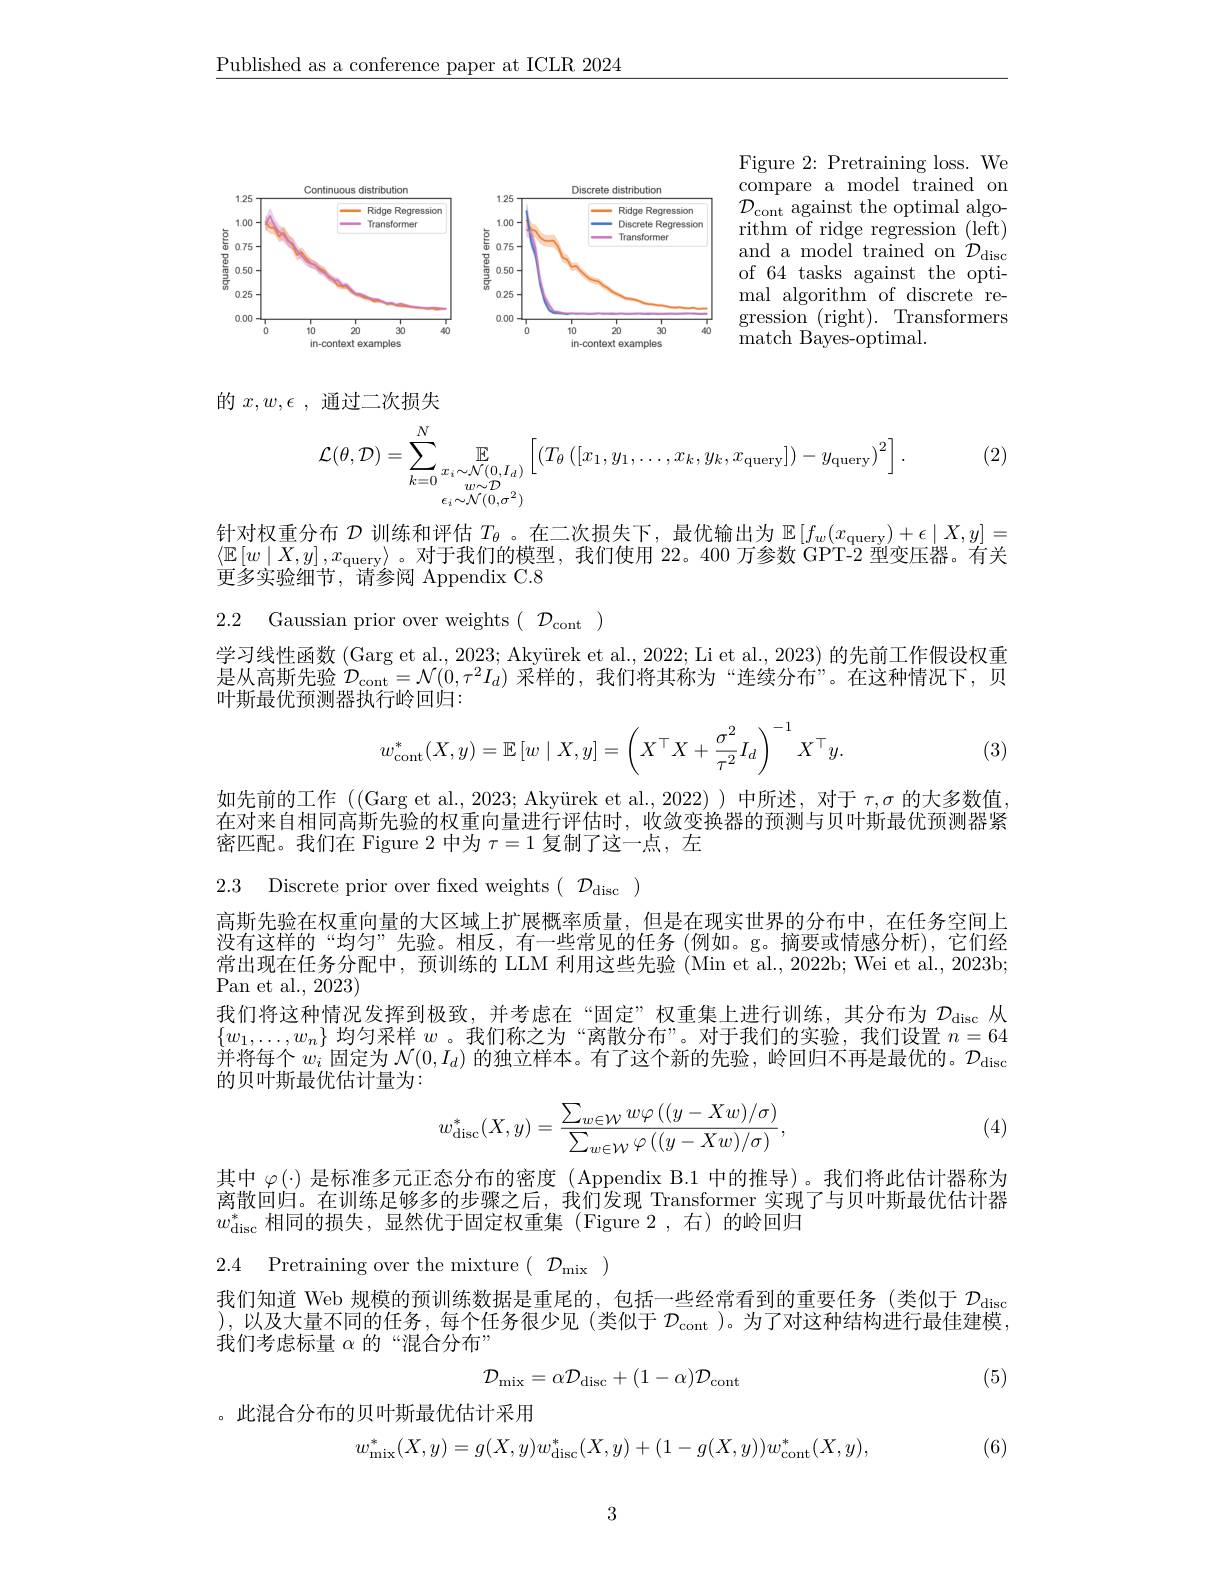
$\underline{\text{Published as a conference paper at ICLR 2024}}$

<FigureHere>

Figure 2: Pretraining loss. We compare a model trained on $\mathcal{D}_{\mathrm{cont~against~the~optimal~algo-}}$ rithm of ridge regression (left) and a model trained on $\mathcal{D}_{\mathrm{disc}}$ of 64 tasks against the optimal algorithm of discrete regression ( right) . Transformers ${\mathrm{match~Bayes-optimal.}}$

的$x,w,\epsilon$ ,通过二次损失
$$\mathcal{L}(\theta,\mathcal{D})=\sum\limits_{k=0}^{N}\mathop{\mathbb{E}}\limits_{\substack{x_i\sim\mathcal{N}(0,I_d)\\\epsilon_i\sim\mathcal{N}(0,\sigma^2)}}\left[\left(T_\theta\left([x_1,y_1,\ldots,x_k,y_k,x_{\mathrm{query}}]\right)-y_{\mathrm{query}}\right)^2\right].$$
(2)

针对权重分布$\mathcal{D}$训练和评估$T_\theta$ 。在二次损失下，最优输出为$\mathbb{E} \left [ f_w( x_\text{query}) + \epsilon \mid X, y\right ] =$ $\langle \mathbb{E} \left [ w\mid X, y\right ] , x_{\mathrm{query}}\rangle$。对于我们的模型，我们使用 22。400 万参数 GPT-2 型变压器。有关更多实验细节，请参阅 Appendix C.8

2.2 Gaussian prior over weights$(\begin{array}{c}{\mathcal{D}}_{\mathrm{cont}}\end{array})$

学习线性函数 (Garg et al., 2023; Akyürek et al., 2022; Li et al., 2023) 的先前工作假设权重是从高斯先验$\mathcal{D} _\mathrm{cont}= \mathcal{N} ( 0, \tau ^{2}I_{d})$采样的，我们将其称为“连续分布”。在这种情况下，贝叶斯最优预测器执行岭回归：
$$w_{\mathrm{cont}}^*(X,y)=\mathbb{E}\left[w\mid X,y\right]=\left(X^\top X+\frac{\sigma^2}{\tau^2}I_d\right)^{-1}X^\top y.$$
(3)

如先前的工作((Garg et al., 2023; Akyürek et al., 2022))中所述，对于$\tau,\sigma$的大多数值. 在对来自相同高斯先验的权重向量进行评估时，收敛变换器的预测与贝叶斯最优预测器紧密匹配。我们在 Figure 2 中为$\tau=1$复制了这一点，左

2.3 Discrete prior over fxed weights$(\begin{array}{c}{{\mathcal D}_{\mathrm{disc}}}\end{array})$

高斯先验在权重向量的大区域上扩展概率质量，但是在现实世界的分布中，在任务空间上没有这样的“均匀”先验。相反，有一些常见的任务(例如。g。摘要或情感分析),它们经常出现在任务分配中，预训练的 LLM 利用这些先验 (Min et al., 2022b; Wei et al., 2023b; $\operatorname{Pan}$et al.,2023)
我们将这种情况发挥到极致，并考虑在“固定”权重集上进行训练，其分布为$\mathcal{D}_\mathrm{disc}$从$\{w_1,\ldots,w_n\}$均匀采样$w$。我们称之为“离散分布”。对于我们的实验，我们设置$n=64$ 并将每个$w_i$固定为$\mathcal{N}(0,I_d)$的独立样本。有了这个新的先验，岭回归不再是最优的。$\mathcal{D}_\text{dise}$ 的贝叶斯最优估计量为：
$$w_{\mathrm{disc}}^*(X,y)=\frac{\sum_{w\in\mathcal{W}}w\varphi\left((y-Xw)/\sigma\right)}{\sum_{w\in\mathcal{W}}\varphi\left((y-Xw)/\sigma\right)},$$
(4)

其中$\varphi(\cdot)$是标准多元正态分布的密度 ( Appendix B.1 中的推导)。我们将此估计器称为离散回归。在训练足够多的步骤之后，我们发现 Transformer 实现了与贝叶斯最优估计器$w_{\mathrm{disc}}^*$相同的损失，显然优于固定权重集(Figure 2,右)的岭回归

2.4 Pretraining over the mixture$(\begin{array}{cc}{\mathcal{D}_\mathrm{mix}}\end{array})$

我们知道 Web 规模的预训练数据是重尾的，包括一些经常看到的重要任务(类似于$\mathcal{D}_\mathrm{disc}$ ),以及大量不同的任务，每个任务很少见(类似于$\mathcal{D}_\mathrm{cont}$ )。为了对这种结构进行最佳建模， 我们考虑标量$\alpha$的“混合分布”
$$\mathcal{D}_{\mathrm{mix}}=\alpha\mathcal{D}_{\mathrm{disc}}+(1-\alpha)\mathcal{D}_{\mathrm{cont}}$$
(5)

。此混合分布的贝叶斯最优估计采用
$$w_{\mathrm{mix}}^{*}(X,y)=g(X,y)w_{\mathrm{disc}}^{*}(X,y)+(1-g(X,y))w_{\mathrm{cont}}^{*}(X,y),$$
(6)

3